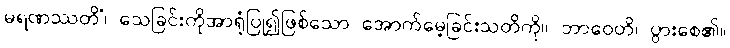
မရဏဿတိံ၊ သေခြင်းကိုအာရုံပြု၍ဖြစ်သော အောက်မေ့ခြင်းသတိကို။ ဘာဝေတိ၊ ပွားစေ၏။